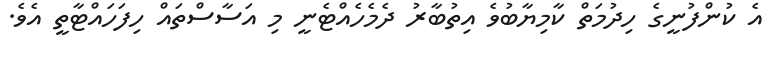
އެ ކުންފުނީގެ ހިދުމަތް ކާމިޔާބުވެ އިތުބާރު ދެމެހެއްޓެނީ މި އަސާސްތައް ހިފަހައްޓާތީ އެވެ.